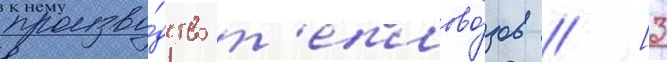
произво́дство т'еплово́зов // [3